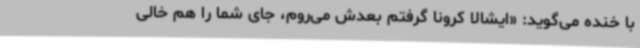
با خنده می‌گوید: «ایشالا کرونا گرفتم بعدش می‌روم، جای شما را هم خالی